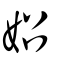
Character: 妱